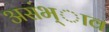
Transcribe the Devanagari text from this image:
असंभ्ाव